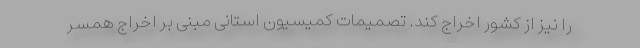
را نیز از کشور اخراج کند. تصمیمات کمیسیون استانی مبنی ‌بر اخراج همسر